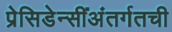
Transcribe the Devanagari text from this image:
प्रेसिडेन्सींअंतर्गतची